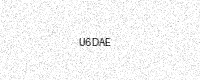
Text: U6DAE